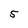
Character: 5